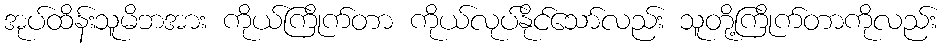
အုပ်ထိန်းသူမိဘအား ကိုယ်ကြိုက်တာ ကိုယ်လုပ်နိုင်သော်လည်း သူတို့ကြိုက်တာကိုလည်း